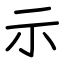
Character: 示